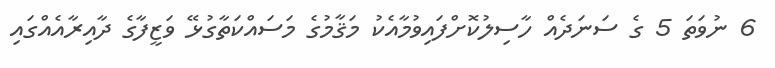
6 ނުވަތަ 5 ގެ ސަނަދެއް ހާސިލުކޮށްފައިވުމާއެކު މަޤާމުގެ މަސައްކަތާގުޅޭ ވަޒީފާގެ ދާއިރާއެއްގައި